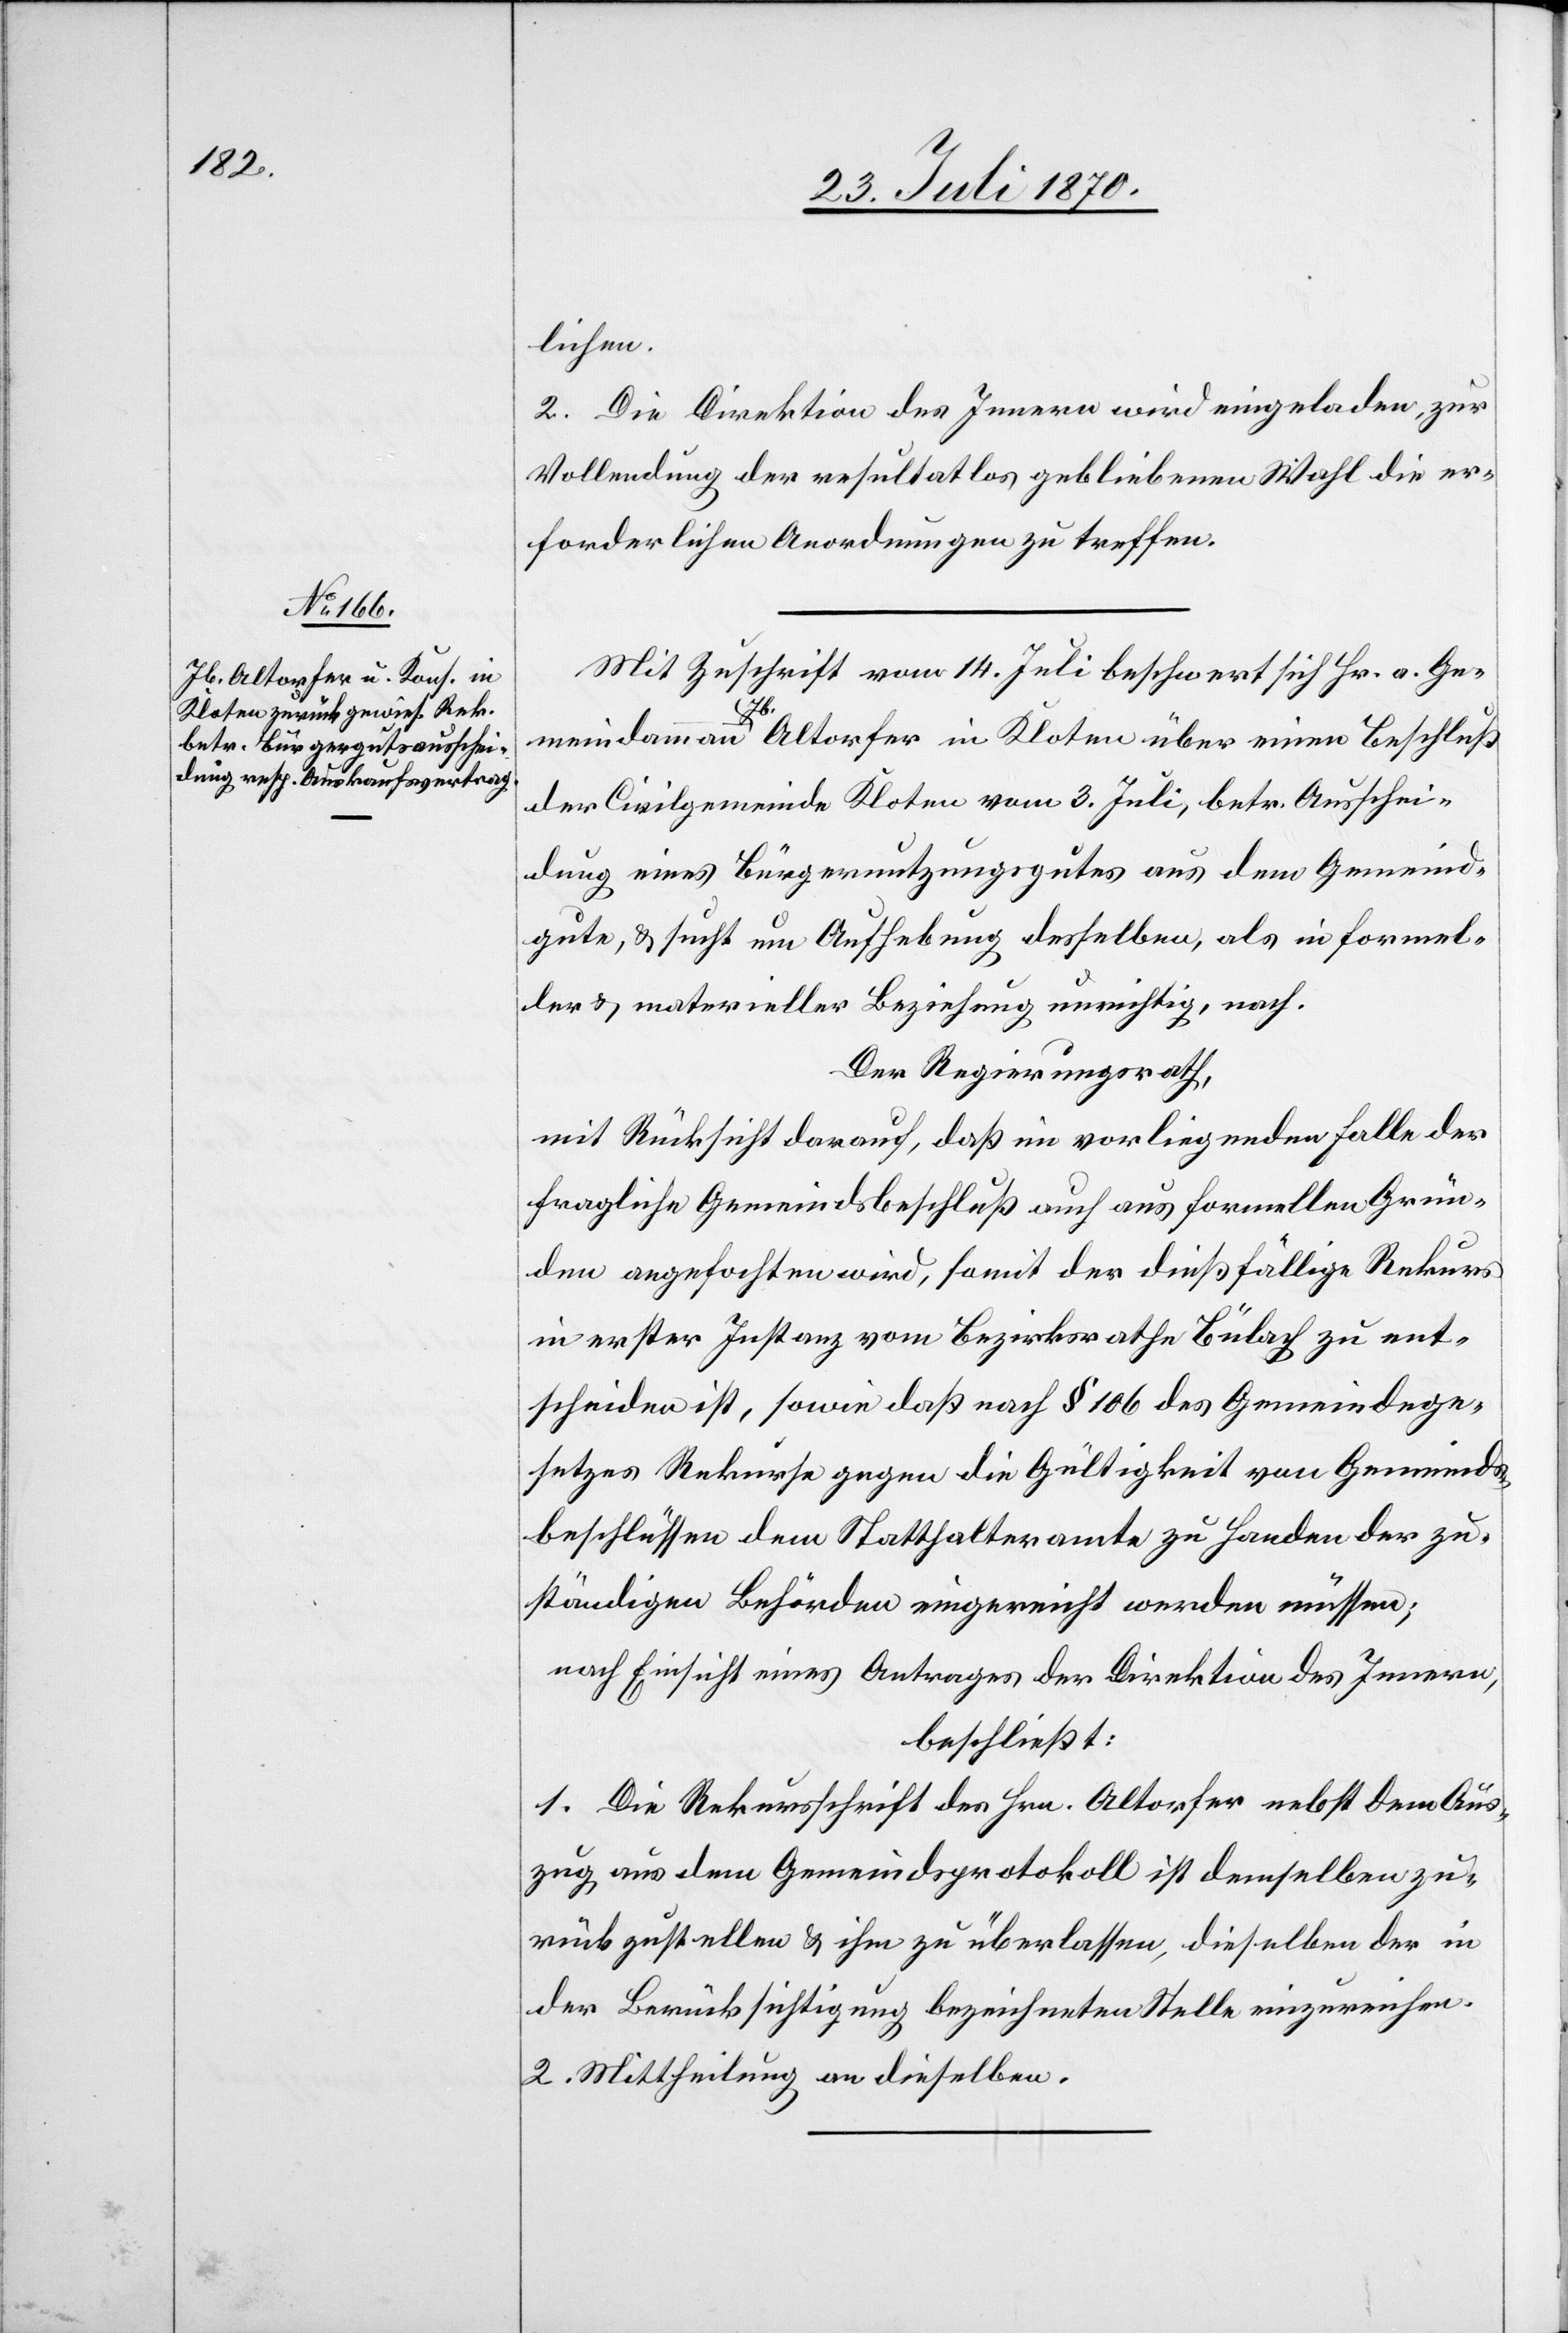
lichen.
2. Die Direktion des Innern wird eingeladen, zur
Vollendung der resultatlos gebliebenen Wahl die er¬
forderlichen Anordnungen zu treffen.
Mit Zuschrift vom 14. Juli beschwert sich Hr. a. Ge¬
meindammann Jb. Altorfer in Kloten über einen Beschluß
der Civilgemeinde Kloten vom 3. Juli, betr. Ausschei¬
dung eines Bürgernutzungsgutes aus dem Gemeind¬
gute, & sucht um Aufhebung desselben, als in formel¬
ler & materieller Beziehung unrichtig, nach.
Der Regierungsrath,
mit Rücksicht darauf, daß im vorliegenden Falle der
fragliche Gemeindsbeschluß auch aus formellen Grün¬
den angefochten wird, somit der dießfällige Rekurs
in erster Instanz vom Bezirksrathe Bülach zu ent¬
scheiden ist, sowie daß nach § 106 des Gemeindege¬
setzes Rekurse gegen die Gültigkeit von Gemeinds¬
beschlüssen dem Statthalteramte zu Handen der zu¬
ständigen Behörden eingereicht werden müssen;
nach Einsicht eines Antrages der Direktion des Innern,
beschließt:
1. Die Rekursschrift des Hrn. Altorfer nebst dem Aus¬
zug aus dem Gemeindsprotokoll ist demselben zu¬
rückzustellen & ihm zu überlassen, dieselben der in
der Berücksichtigung bezeichneten Stelle einzureichen.
2. Mittheilung an dieselben.